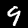
Label: 9